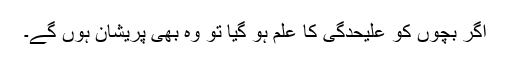
اگر بچوں کو علیحدگی کا علم ہو گیا تو وہ بھی پریشان ہوں گے۔